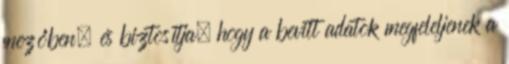
mezőben, és biztosítja, hogy a bevitt adatok megfeleljenek a